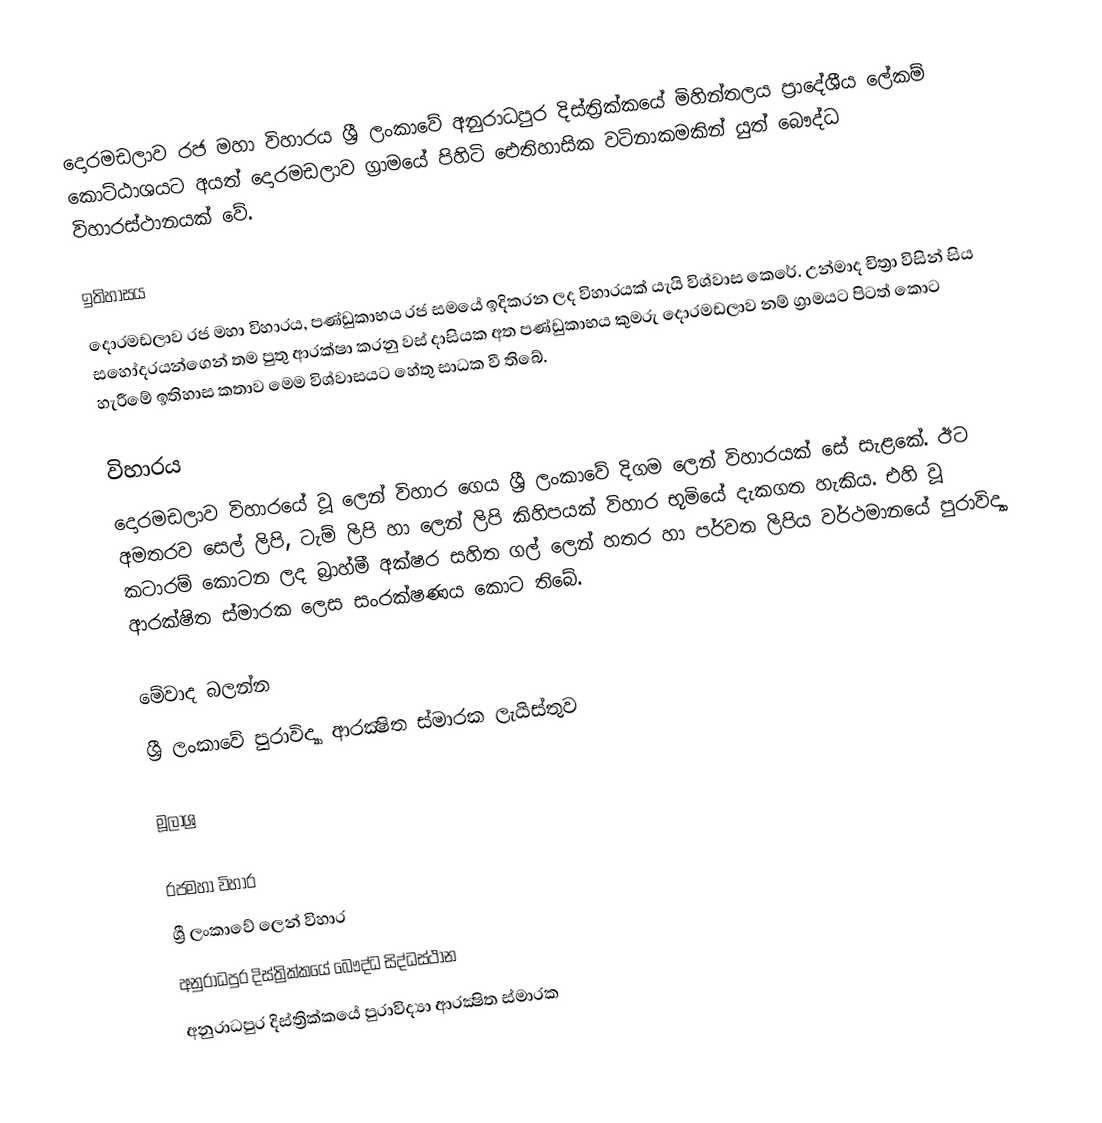
දොරමඩලාව රජ මහා විහාරය ශ්‍රී ලංකාවේ අනුරාධපුර දිස්ත්‍රික්කයේ මිහින්තලය ප්‍රාදේශීය ලේකම් කොට්ඨාශයට අයත් දොරමඩලාව ග්‍රාමයේ පිහිටි ඓතිහාසික වටිනාකමකින් යුත් බෞද්ධ විහාරස්ථානයක් වේ.

ඉතිහාසය
දොරමඩලාව රජ මහා විහාරය, පණ්ඩුකාභය රජ සමයේ ඉදිකරන ලද විහාරයක් යැයි විශ්වාස කෙරේ. උන්මාද චිත්‍රා විසින් සිය සහෝදරයන්ගෙන් තම පුතු ආරක්ෂා කරනු වස් දාසියක අත පණ්ඩුකාභය කුමරු දොරමඩලාව නම් ග්‍රාමයට පිටත් කොට හැරීමේ ඉතිහාස කතාව මෙම විශ්වාසයට හේතු සාධක වී තිබේ.

විහාරය
දොරමඩලාව විහාරයේ වූ ලෙන් විහාර ගෙය ශ්‍රී ලංකාවේ දිගම ලෙන් විහාරයක් සේ සැළකේ. ඊට අමතරව සෙල් ලිපි, ටැම් ලිපි හා ලෙන් ලිපි කිහිපයක් විහාර භූමියේ දැකගත හැකිය. එහි වූ කටාරම් කොටන ලද බ්‍රාහ්මී අක්ෂර සහිත ගල් ලෙන් හතර හා පර්වත ලිපිය වර්ථමානයේ පුරාවිද්‍යා ආරක්ෂිත ස්මාරක ලෙස සංරක්ෂණය කොට තිබේ.

මේවාද බලන්න
ශ්‍රී ලංකාවේ පුරාවිද්‍යා ආරක්‍ෂිත ස්මාරක ලැයිස්තුව

මූලාශ්‍ර

රජමහා විහාර
ශ්‍රී ලංකාවේ ලෙන් විහාර
අනුරාධපුර දිස්ත්‍රික්කයේ බෞද්ධ සිද්ධස්ථාන‎
අනුරාධපුර දිස්ත්‍රික්කයේ පුරාවිද්‍යා ආරක්‍ෂිත ස්මාරක